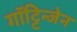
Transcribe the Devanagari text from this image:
गॉट्टिन्जेन